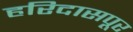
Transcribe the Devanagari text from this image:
हरिदासपूर